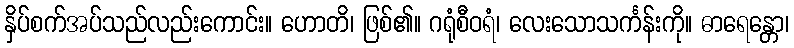
နှိပ်စက်အပ်သည်လည်းကောင်း။ ဟောတိ၊ ဖြစ်၏။ ဂရုံစီဝရံ၊ လေးသောသင်္ကန်းကို။ ဓာရေန္တော၊